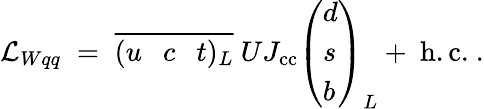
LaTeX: {\cal L}_{Wqq}\; =\; \overline{{{(u~~~c~~~t)_{L}}}}~UJ_{\mathrm{cc}}\left(\begin{array}{l}{{d}}\\ {{s}}\\ {{b}}\end{array}\right)_{L}+~\mathrm{h.c.}~.